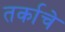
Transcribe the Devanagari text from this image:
तर्काचे